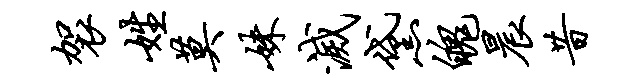
袈姓莫妹灭黛魄晨昔